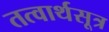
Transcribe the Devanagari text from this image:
तत्वार्थसूत्र